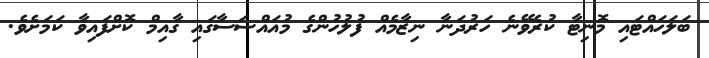
ބަލަހައްޓައި މޮނިޓާ ކުރެވޭނެ ހަރުދަނާ ނިޒާމެއް ފުލުހުންގެ މުއައްސަސާގައި ގާއިމް ކޮށްފައިވާ ކަމަށެވެ.